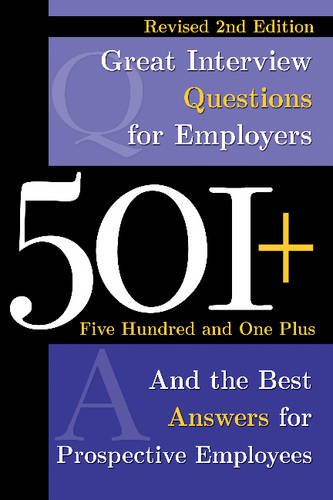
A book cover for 501+ Great Interview Questions for Employers and the Best Answers for Prospective Employees Revised 2nd Edition; Dianna Podmoroff; Reference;